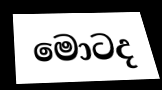
මොටද